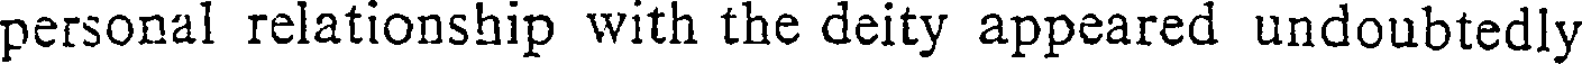
personal relationship with the deity appeared undoubtedly